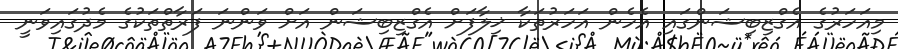
މިއަހަރުގެ އެގްޒިބިޝަންގައި އެހެން އަހަރުތަކާ ޚިލާފަށް އެގްޒިބިޝަން އަށް ވަންނަ ފަރާތްތަކުގެ މެދުގައިވަނީ